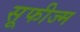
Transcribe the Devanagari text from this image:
सूफीज्म